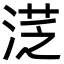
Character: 㴀